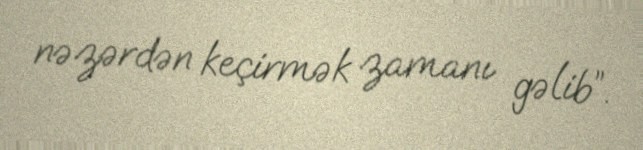
nəzərdən keçirmək zamanı gəlib”.